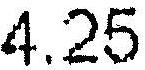
4.25